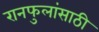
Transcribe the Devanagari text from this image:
रानफुलांसाठी